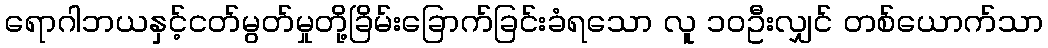
ရောဂါဘယနှင့်ငတ်မွတ်မှုတို့ခြိမ်းခြောက်ခြင်းခံရသော လူ ၁၀ဦးလျှင် တစ်ယောက်သာ